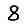
Digit: 8